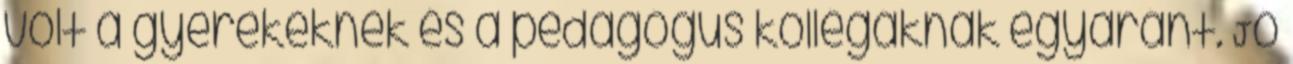
volt a gyerekeknek és a pedagógus kollégáknak egyaránt. Jó